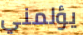
يؤلمني